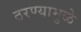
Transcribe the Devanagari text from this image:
ठरण्यामुळे